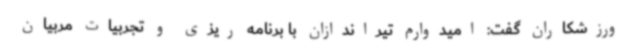
ورزشکاران گفت: امیدوارم تیراندازان با برنامه ریزی و تجربیات مربیان